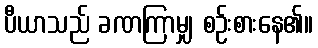
ပီယာသည် ခဏကြာမျှ စဉ်းစားနေ၏။